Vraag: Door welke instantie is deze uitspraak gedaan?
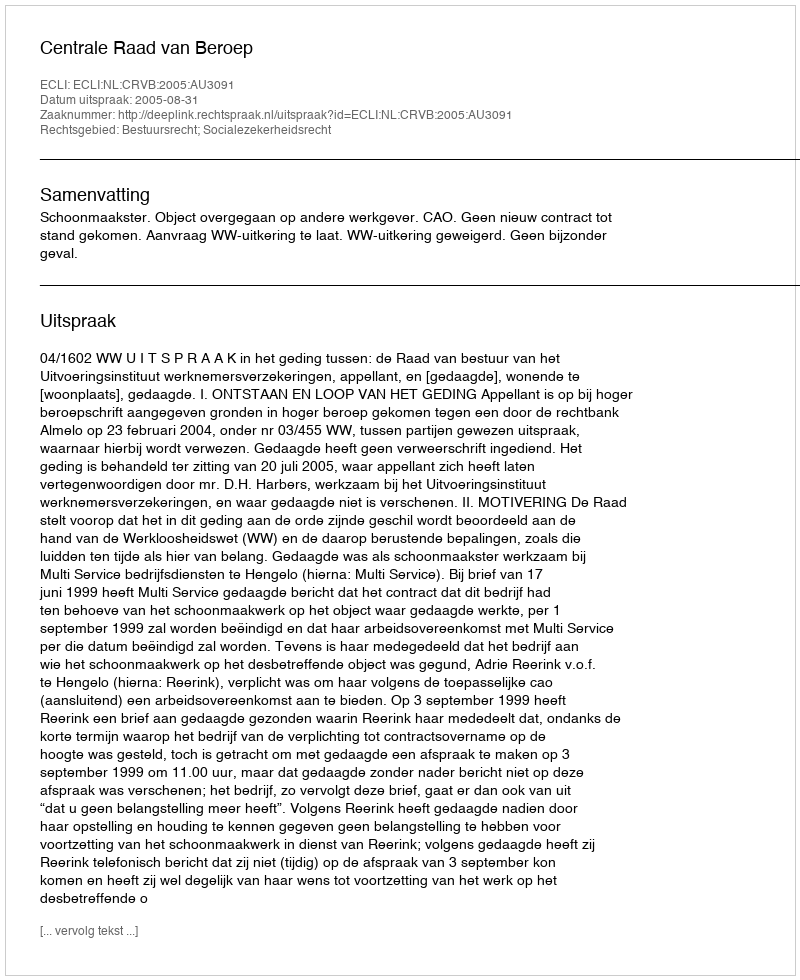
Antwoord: Centrale Raad van Beroep